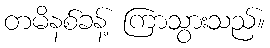
တမိနစ်ခန့် ကြာသွားသည်။